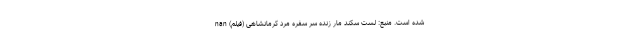
شده است. منبع: لست سکند مار زنده سر سفره مرد کرمانشاهی (فیلم) nan